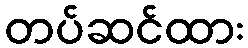
တပ်ဆင်ထား